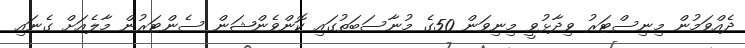
ދެއްވަމުން މިނިސްޓަރު ވިދާޅުވީ މިނިވަން 50ގެ މުނާސަބަތުގައި ކޮންވެންޝަން ސެންޓަރުން މާލެއަށް ގެނައި